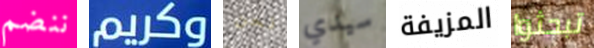
ننضم وكريم نحن سيدي المزيفة تبحثوا